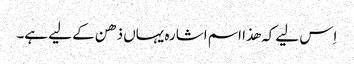
اِس لیے کہ ھذا اسم اشارہ یہاں ذھن کے لیے ہے۔